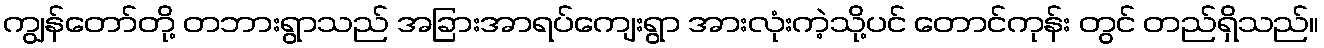
ကျွန်တော်တို့ တဘားရွာသည် အခြားအာရပ်ကျေးရွာ အားလုံးကဲ့သို့ပင် တောင်ကုန်း တွင် တည်ရှိသည်။